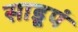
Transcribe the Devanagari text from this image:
साडूपं